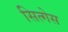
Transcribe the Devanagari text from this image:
सित्गेस